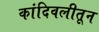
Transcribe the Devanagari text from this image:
कांदिवलीतून